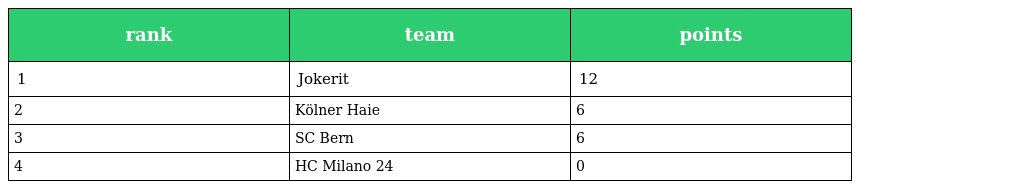
| rank | team | points |
 | --- | --- | --- |
 | 1 | Jokerit | 12 |
 | 2 | Kölner Haie | 6 |
 | 3 | SC Bern | 6 |
 | 4 | HC Milano 24 | 0 |